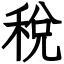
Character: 稅